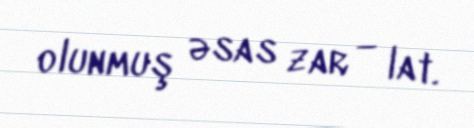
olunmuş əsas zar — lat.